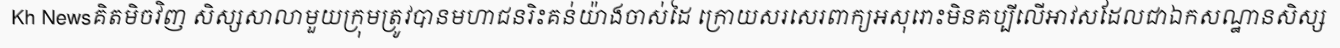
Kh Newsគិតមិចវិញ សិស្សសាលាមួយក្រុមត្រូវបានមហាជនរិះគន់យ៉ាងចាស់ដៃ ក្រោយសរសេរពាក្យអសុរោះមិនគប្បីលើអាវសដែលជាឯកសណ្ឋានសិស្ស